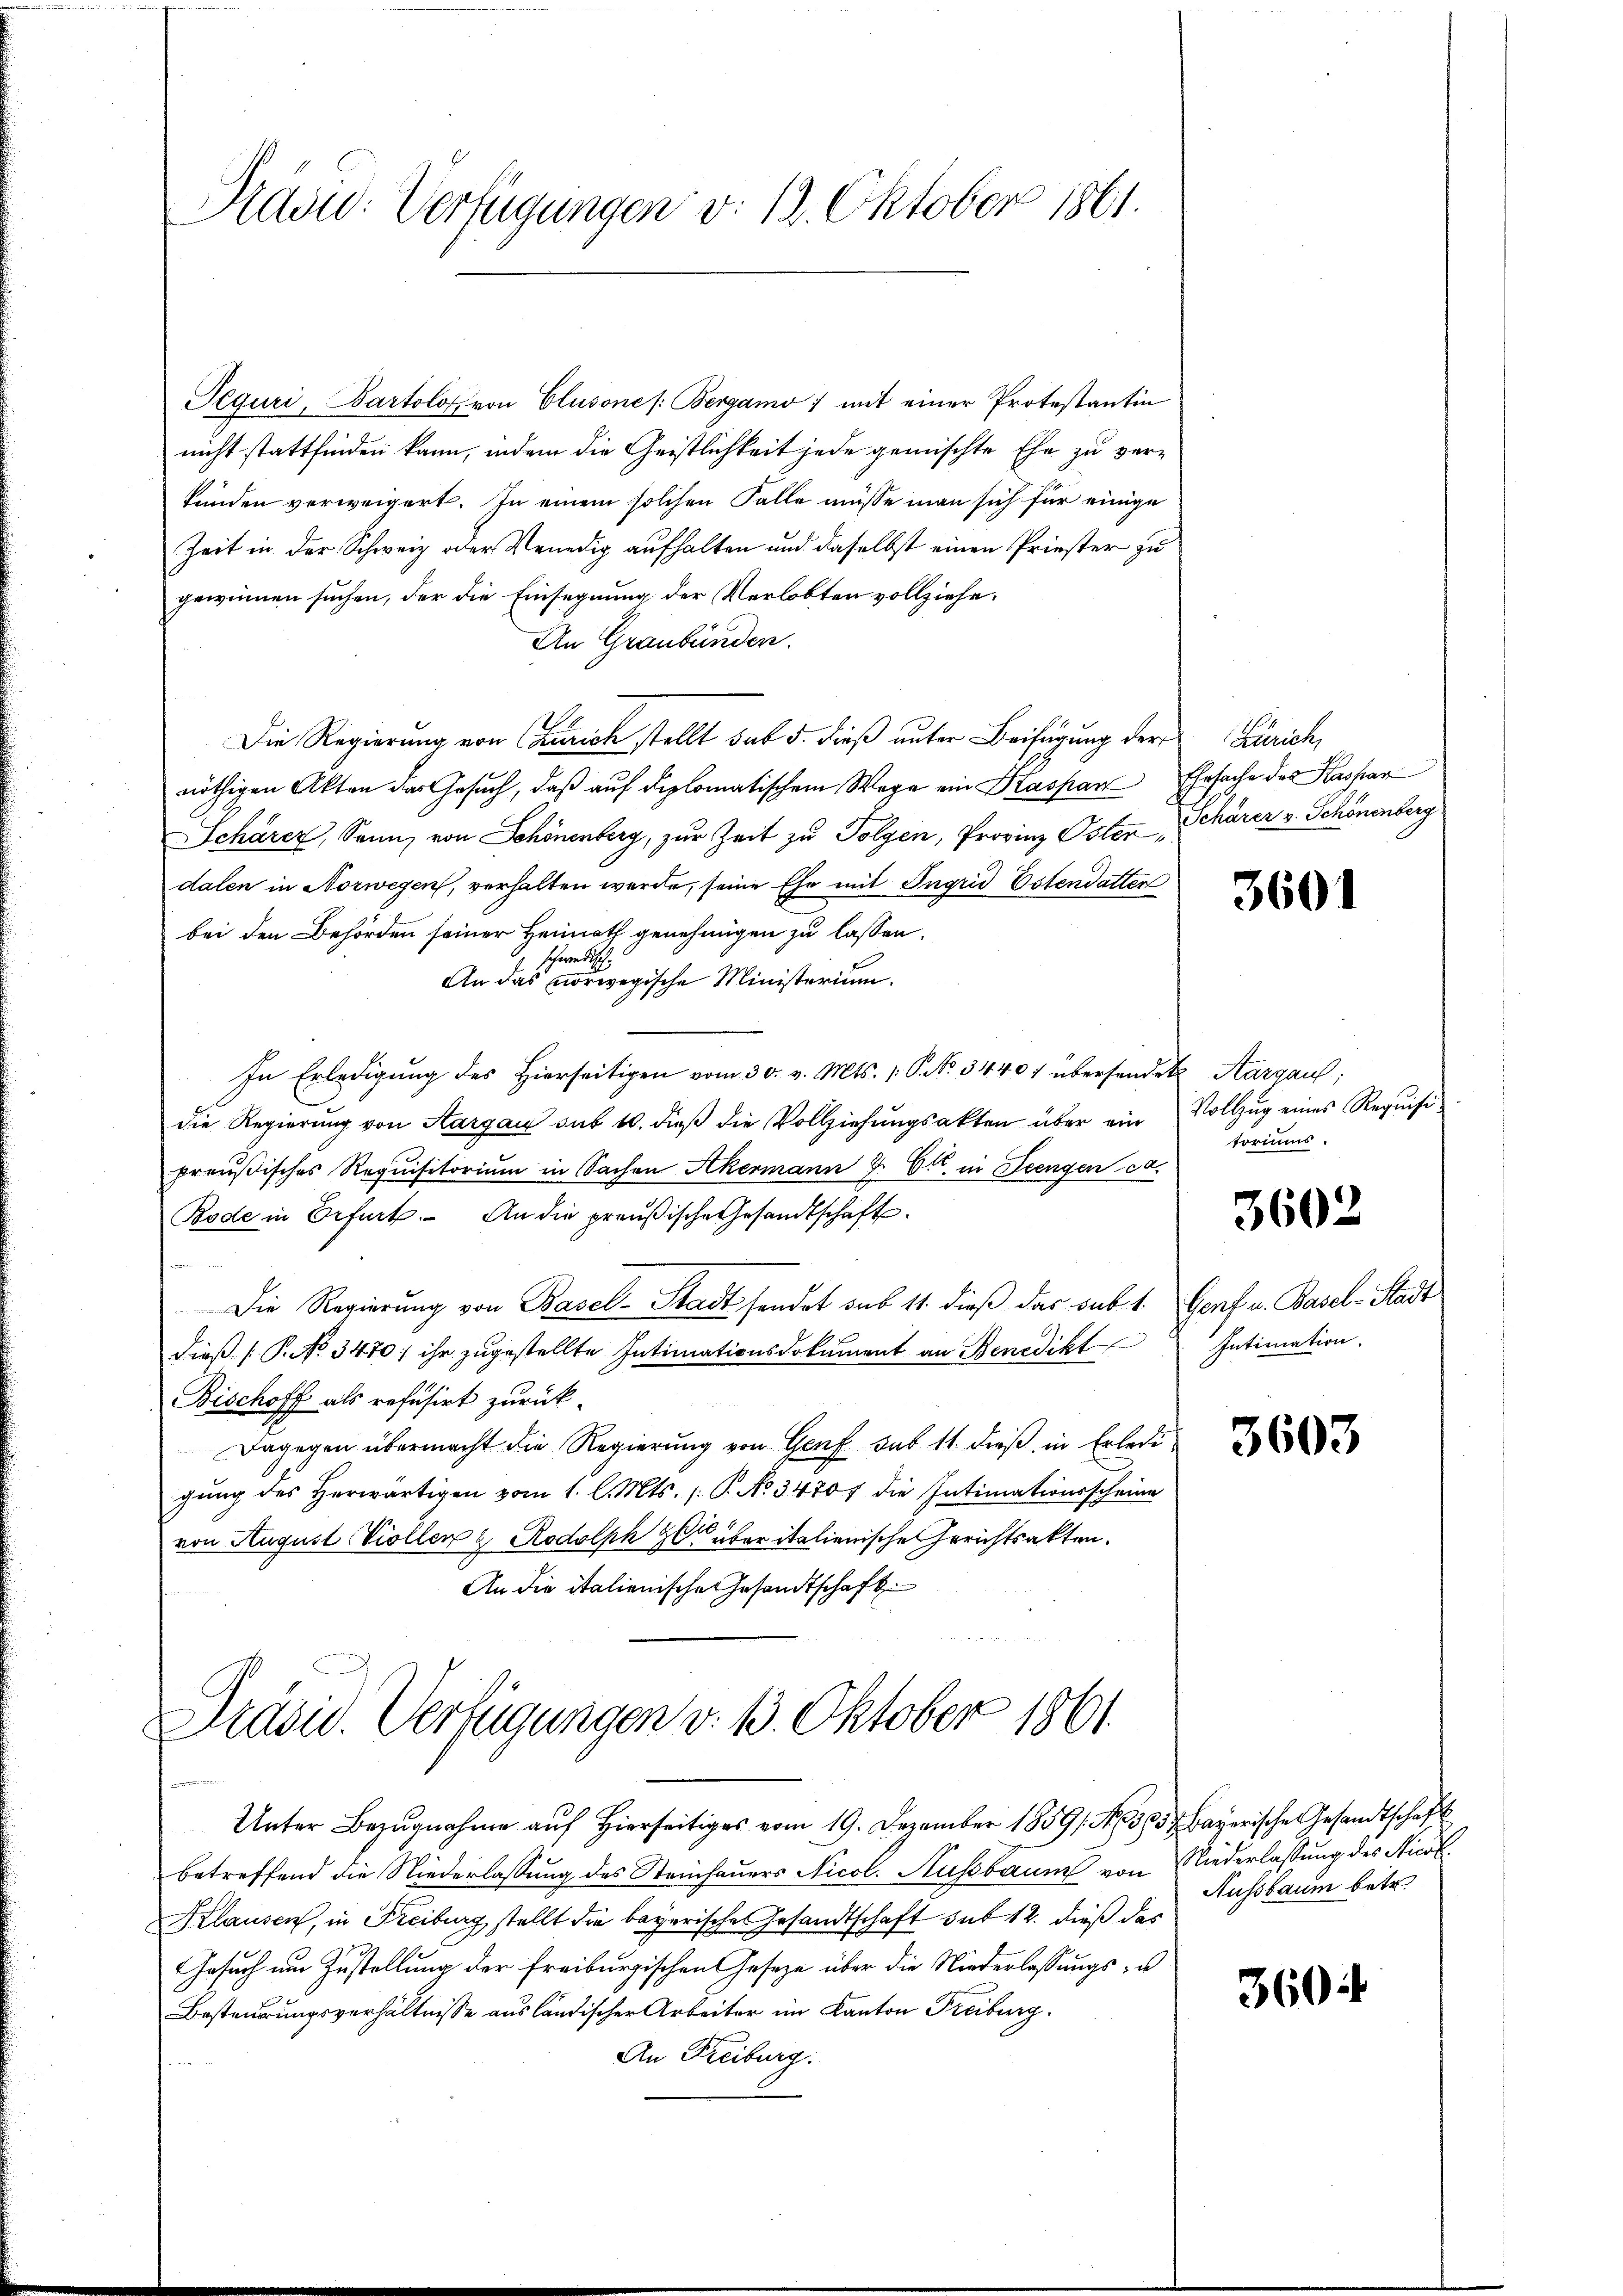
Präsid. Verfügungen d. 12. Oktober 1861.

Peguri, Bartolof von Clusone /: Bergamo ; mit einer Protestantin
nicht stattfinden kann, indem die Geistlichkeit jede gemischte Ehe zu verkunden verweigert. In einem solchen Falle müsse man sich für einige
Zeit in der Schweiz oder Venedig aufhalten und daselbst einen Priester zu
gewinnen suchen, der die Einsegnung der Verlobten vollziehe.
An Graubünden.
Die Regierung von Churich stellt sub d. dieß unter Beifügung der
nöthigen Akten das Gesuch, daß auf diplomatischem Wege ein Kaspar
Schärer, Senn, von Schönenberg, zur Zeit zu Folgen, Provinz Osterdalen in Norwegen, verhalten werde, seine Ehe mit Ingrid Essendatten
bei den Behörden seiner Heimath genehmigen zu lassen.
schwerth
An das vorwegische Ministerium.
In Erledigung des Hierseitigen vom 30. v. Mts. S. No. 34407 übersendet Aargau;
die Regierŭng von Aargau aus 10. dieβ die Vollziehungsakten über ein
preußisches Requisitoriŭm in Sachen Akermann J. Ct. in Seengen ca.
Bode in Erfurt. An die preußische Gesandtschaft.
1
Die Regierung von Basel-Stadt sendet sub 11. dieß das sub 1. Genf u. Basel-Stadt
dieß P. No 3470; ihr zugestellte Intimationsdokument an Benedikt
Bischoff als refusirt zurück-
Dagegen übermacht die Regierung von Genf sub 11. dieß in Erledi
gŭng des herwärtigen vom 1. l. Mts. /: P. No 34701 die Intimationsscheine
von August Viollen & Rodolph zu über italienische Gerichtsakten.
An die italienische Gesandtschaft

r
Präsid. Verfügungen v. 13. Oktober 1861

Unter Bezugnahme auf Hierseitiges vom 19. Dezember 18591 f. 503. Bayerische Gesandtschaft
betreffend die Niederlassung des Steinhauers Nicol. Aussbaum von Niederlassung des Nicol¬
Klausen, in Freiburg stellt die bayerische Gesandtschaft sub 12. dieß das
Gesuch um Zustellung der Freiburgischen Gesetze über die Niederlassungs- u
Besteuerungsverhältnisse ausländischer Arbeiter im Kanton Freiburg.
An Freiburg.

Zürich,
Ehrsache des Hashar
Schärer v. Schönenberg

3601

Vollzug eines Requisitoriums.

3602

Intimation.

3603

Aussbaum betr.

3604